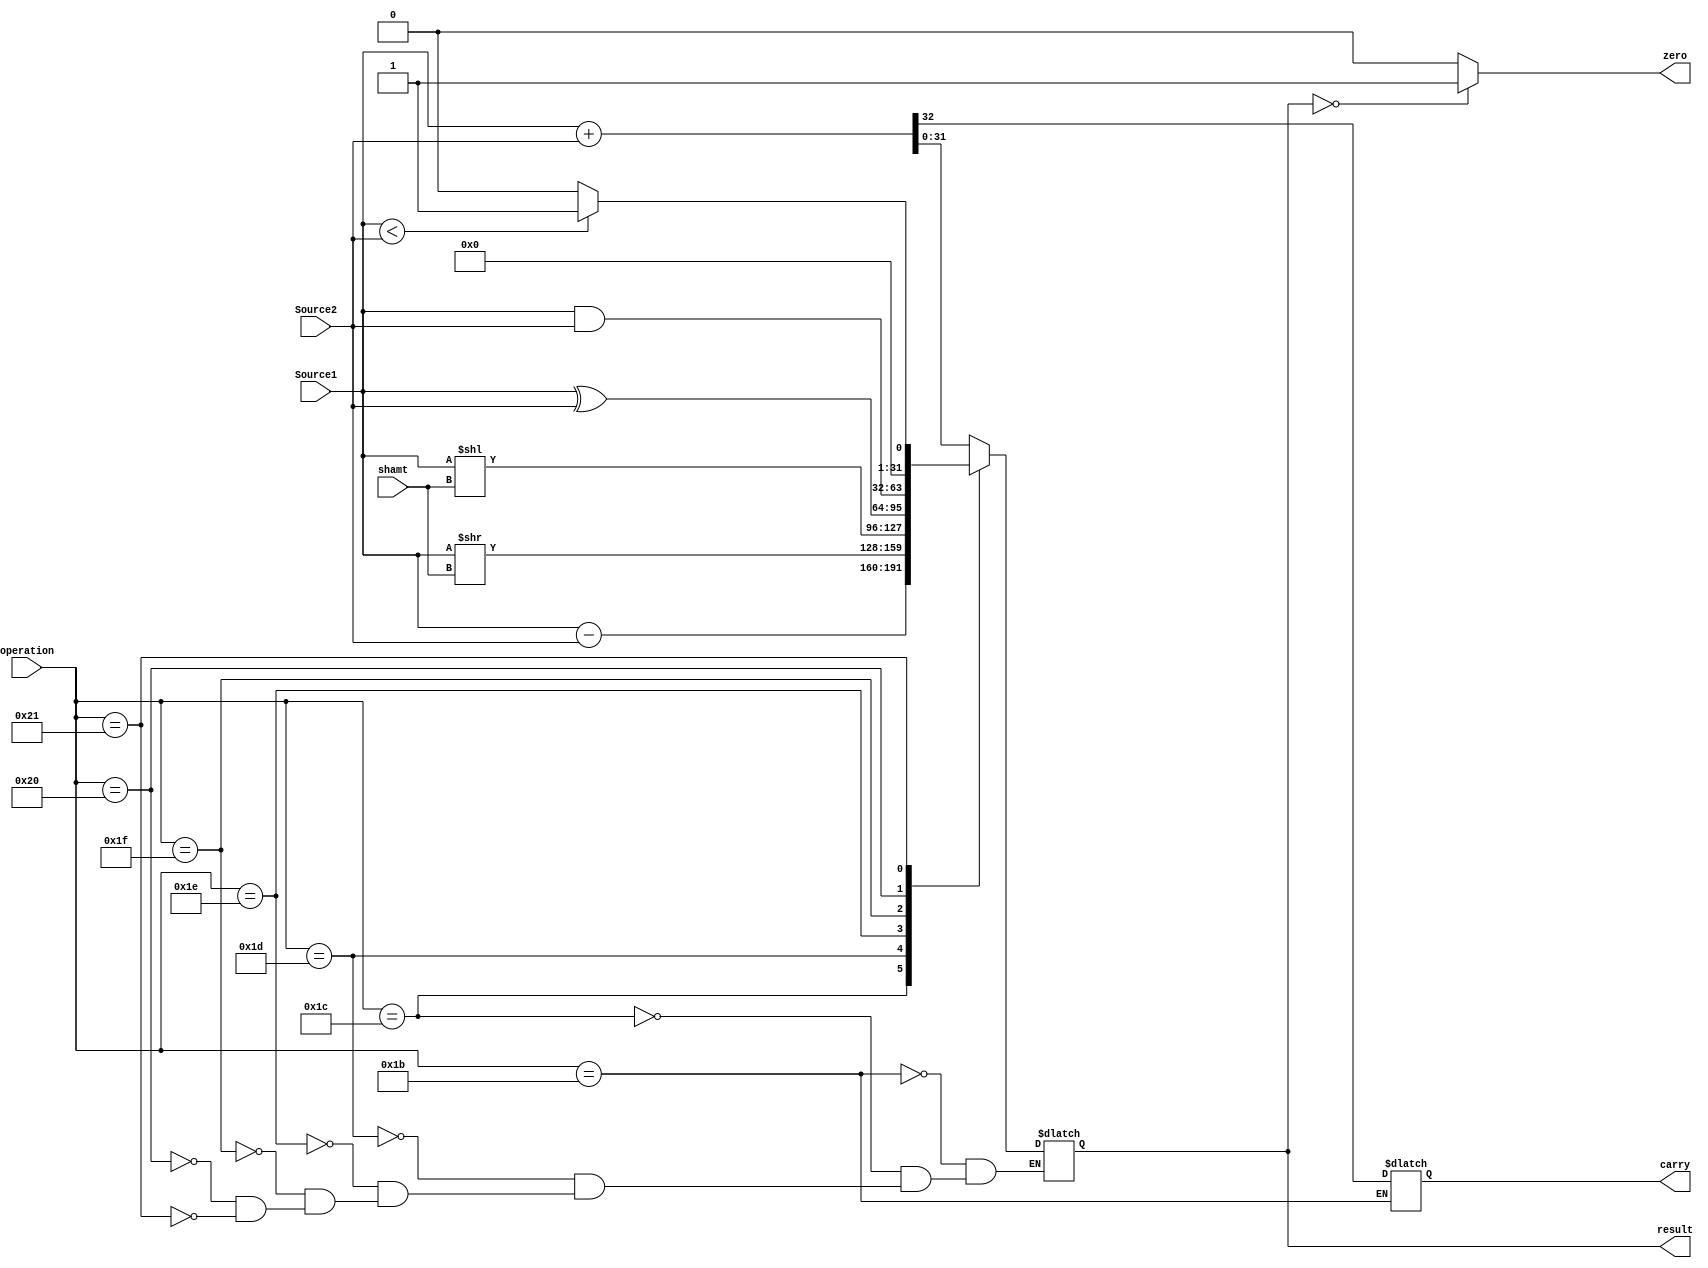
module ALU(
	input [31:0] Source1, //Register1 input
	input [31:0] Source2, //Register2 input
	input [5:0] operation, //Operation code
	input [4:0] shamt, //Shift amount
	output reg [31:0] result, //Result output
	output zero,//Zero flag
	output reg carry //Carry flag
);

assign zero=(result==0)?1:0;//If the result is zero,the zero flag is 1

always@(Source1 or Source2 or operation or shamt)begin
	case(operation[5:0])//Identify function code
		6'd27: {carry,result}<=Source1+Source2;//Function ADD
		6'd28: result<=Source1-Source2;//Function SUB
		6'd29: result<=Source1>>shamt;//Function SRL
		6'd30: result<=Source1<<shamt;//Function SLL
		6'd31: result<=Source1^Source2;//Function XOR
		6'd32: result<=Source1&Source2;//Function AND
		6'd33: result<=(Source1<Source2)?32'd1:32'd0;//Function slt
		default: result<=result;//If function code no match,maintain the result 
	endcase
end

initial begin//initial value
	result=32'd0;
	carry=0;
end
endmodule